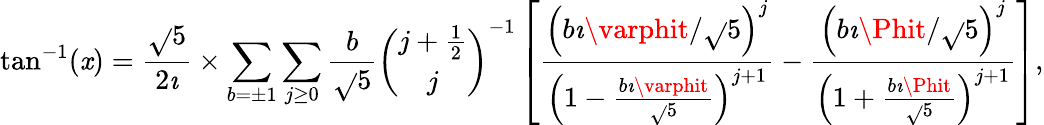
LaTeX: \tan^{-1}(\mathit{x})={\frac{{\sqrt{}{{5}}}}{{2\imath}}}\times\sum_{b=\pm1}\sum_{j\geq0}{\frac{{b}}{{\sqrt{}{{5}}}}}{\binom{j+{\frac{{1}}{{2}}}}{j}}^{-1}\left[{\frac{{\left(b\imath\varphit/{\sqrt{}{{5}}}\right)^{j}}}{{\left(1-{\frac{{b\imath\varphit}}{{\sqrt{}{{5}}}}}\right)^{j+1}}}}-{\frac{{\left(b\imath\Phit/{\sqrt{}{{5}}}\right)^{j}}}{{\left(1+{\frac{{b\imath\Phit}}{{\sqrt{}{{5}}}}}\right)^{j+1}}}}\right],